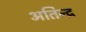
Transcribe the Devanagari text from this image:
अतिन्द्र